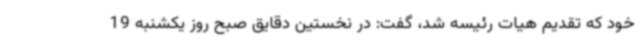
خود که تقدیم هیات رئیسه شد، گفت: در نخستین دقایق صبح روز یکشنبه 19